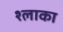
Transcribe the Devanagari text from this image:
श्लाका